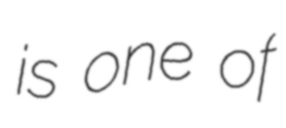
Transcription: is one of